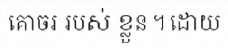
គោចរ របស់ ខ្លួន ។ ដោយ